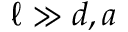
\ell \gg d , a